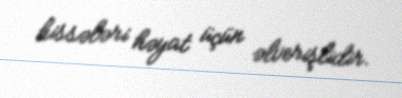
hissələri həyat üçün əlverişlidir.